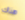
هناك